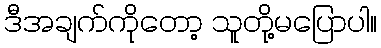
ဒီအချက်ကိုတော့ သူတို့မပြောပါ။